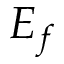
E _ { f }